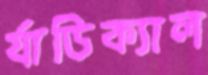
র‍্যাডিক্যাল